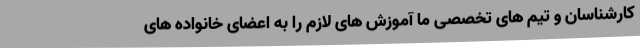
کارشناسان و تیم های تخصصی ما آموزش های لازم را به اعضای خانواده های